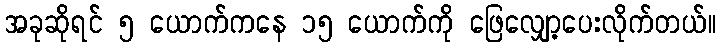
အခုဆိုရင် ၅ ယောက်ကနေ ၁၅ ယောက်ကို ဖြေလျှော့ပေးလိုက်တယ်။